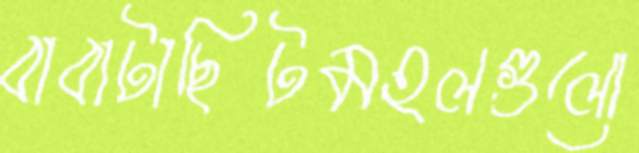
বাবাটাছিটমহলগুলো